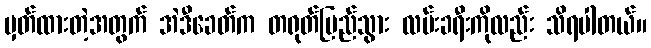
မှတ်ထားတဲ့အတွက် အဲဒီခေတ်က တရုတ်ပြည်သွား လမ်းခရီးကိုလည်း သိရပါတယ်။